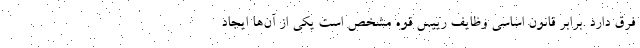
فرق دارد .برابر قانون اساسی وظایف رییس قوه مشخص است یکی از آن‌ها ایجاد